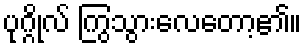
ပုဂ္ဂိုလ် ကြွသွားလေတော့၏။